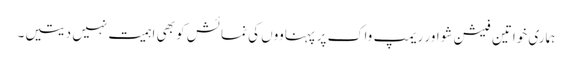
ہماری خواتین فیشن شو اور ریمپ واک پر پہناووں کی نمائش کو بھی اہمیت نہیں دیتیں۔